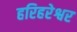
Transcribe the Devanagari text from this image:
हरिहरेश्वर